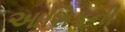
આશિકની